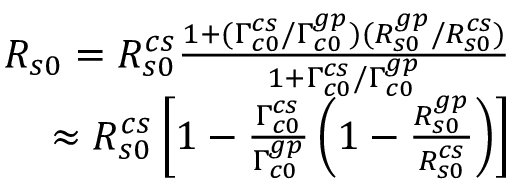
\begin{array} { r } { R _ { s 0 } = R _ { s 0 } ^ { c s } \frac { 1 + ( \Gamma _ { c 0 } ^ { c s } / \Gamma _ { c 0 } ^ { g p } ) ( R _ { s 0 } ^ { g p } / { R _ { s 0 } ^ { c s } ) } } { 1 + \Gamma _ { c 0 } ^ { c s } / \Gamma _ { c 0 } ^ { g p } } } \\ { \approx R _ { s 0 } ^ { c s } \left[ 1 - \frac { \Gamma _ { c 0 } ^ { c s } } { \Gamma _ { c 0 } ^ { g p } } \left( 1 - \frac { R _ { s 0 } ^ { g p } } { R _ { s 0 } ^ { c s } } \right) \right] } \end{array}